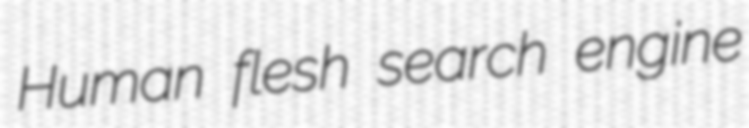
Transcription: Human flesh search engine